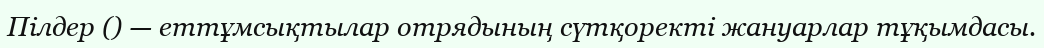
Пілдер () — еттұмсықтылар отрядының сүтқоректі жануарлар тұқымдасы.